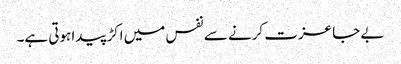
بے جا عزت کرنے سے نفس میں اکڑ پیدا ہوتی ہے۔